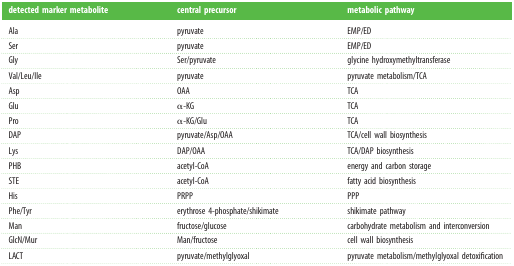
<table><thead><tr><td><b>detected marker metabolite</b></td><td><b>central precursor</b></td><td><b>metabolic pathway</b></td></tr></thead><tbody><tr><td>Ala</td><td>pyruvate</td><td>EMP/ED</td></tr><tr><td>Ser</td><td>pyruvate</td><td>EMP/ED</td></tr><tr><td>Gly</td><td>Ser/pyruvate</td><td>glycine hydroxymethyltransferase</td></tr><tr><td>Val/Leu/Ile</td><td>pyruvate</td><td>pyruvate metabolism/TCA</td></tr><tr><td>Asp</td><td>OAA</td><td>TCA</td></tr><tr><td>Glu</td><td>α-KG</td><td>TCA</td></tr><tr><td>Pro</td><td>α-KG/Glu</td><td>TCA</td></tr><tr><td>DAP</td><td>pyruvate/Asp/OAA</td><td>TCA/cell wall biosynthesis</td></tr><tr><td>Lys</td><td>DAP/OAA</td><td>TCA/DAP biosynthesis</td></tr><tr><td>PHB</td><td>acetyl-CoA</td><td>energy and carbon storage</td></tr><tr><td>STE</td><td>acetyl-CoA</td><td>fatty acid biosynthesis</td></tr><tr><td>His</td><td>PRPP</td><td>PPP</td></tr><tr><td>Phe/Tyr</td><td>erythrose 4-phosphate/shikimate</td><td>shikimate pathway</td></tr><tr><td>Man</td><td>fructose/glucose</td><td>carbohydrate metabolism and interconversion</td></tr><tr><td>GlcN/Mur</td><td>Man/fructose</td><td>cell wall biosynthesis</td></tr><tr><td>LACT</td><td>pyruvate/methylglyoxal</td><td>pyruvate metabolism/methylglyoxal detoxification</td></tr></tbody></table>